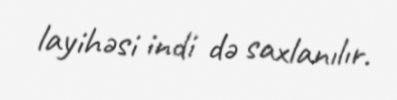
layihəsi indi də saxlanılır.